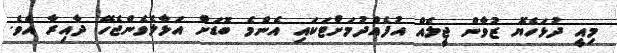
މިއީ ދުޅަހެޔޮ ޒުވާން ޖީލެއް އުފެއްދުމަށްޓަކައި އެންމެ ބޮޑަށް އަޅާލެވެންޖެހޭ ދާއިރާ އެވެ.